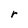
Character: r